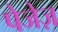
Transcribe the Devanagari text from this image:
पेजेज़